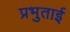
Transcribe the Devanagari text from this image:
प्रभुताई